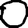
Digit: 0